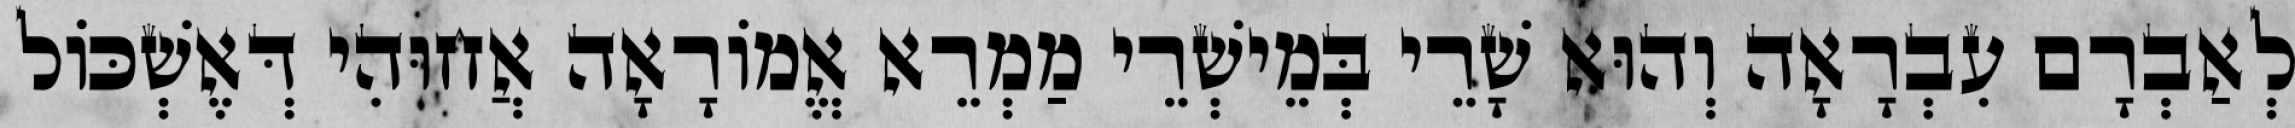
לְאַבְרָם עִבְרָאָה וְהוּא שָׁרֵי בְּמֵישְׁרֵי מַמְרֵא אֱמוֹרָאָה אֲחוּהִי דְּאֶשְׁכּוֹל